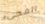
المجىء